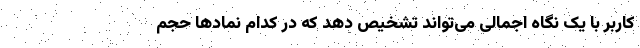
کاربر با یک نگاه اجمالی می‌تواند تشخیص دهد که در کدام نمادها حجم